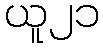
ယူ၂၁